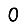
Digit: 0